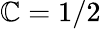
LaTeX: \mathbb{C}=1/2